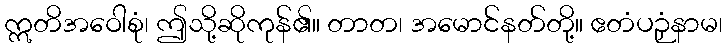
ဣတိအဝေါစုံ၊ ဤသို့ဆိုကုန်၏။ တာတ၊ အမောင်နတ်တို့။ ဧတံပဉှံနာမ၊